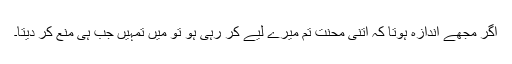
اگر مجھے اندازہ ہوتا کہ اتنی محنت تم میرے لیے کر رہی ہو تو میں تمہیں جب ہی منع کر دیتا۔